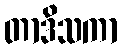
တာဒိသကာ